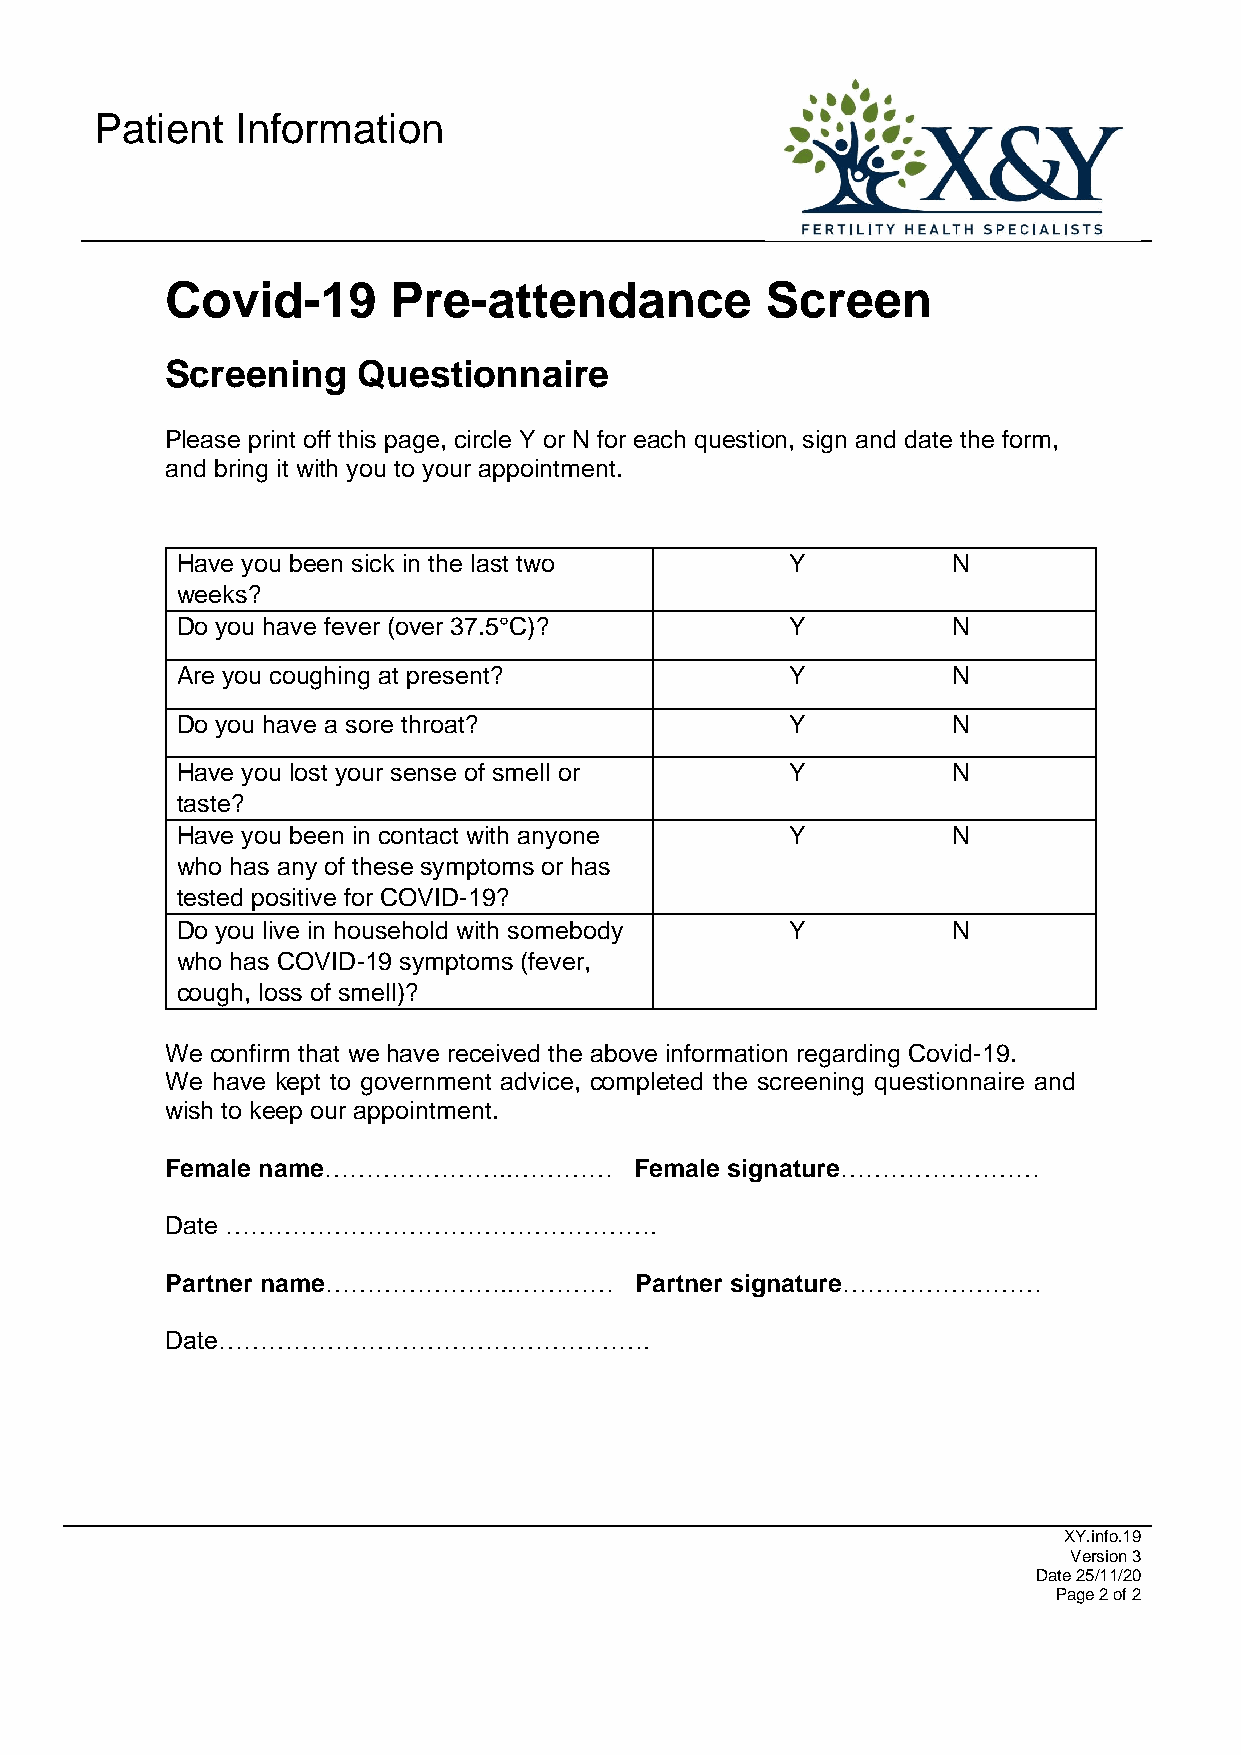
Patient   Information
 Covid-19       Pre-attendance           Screen
 Screening    Questionnaire
 Please print off this page, circle Y or N for each question, sign and date the form,
 and bring it with you to your appointment.
 Have you been sick in the last two      Y          N
 weeks?
 Do you have fever (over 37.5°C)?        Y          N
 Are you coughing at present?            Y          N
 Do you have a sore throat?              Y          N
 Have you lost your sense of smell or    Y          N
 taste?
 Have you been in contact with anyone    Y          N
 who has any of these symptoms or has
 tested positive for COVID-19?
 Do you live in household with somebody  Y          N
 who has COVID-19 symptoms (fever,
 cough, loss of smell)?
 We confirm that we have received the above information regarding Covid-19.
 We have kept to government advice, completed the screening questionnaire and
 wish to keep our appointment.
 Female name…………………..…………       Female signature……………………
 Date …………………………………………….
 Partner name…………………..…………      Partner signature……………………
 Date…………………………………………….
 XY.info.19
 Version 3
 Date 25/11/20
 Page 2 of 2